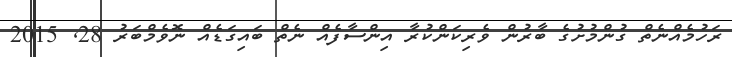
ރަހުމެއްނެތް ގުންމުށުގެ ބާރުން ވެރިކަންކުރާ އިންސާފެއް ނެތް ބައިގަޑެއް ނޮވެމްބަރު 28